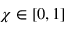
\chi \in [ 0 , 1 ]